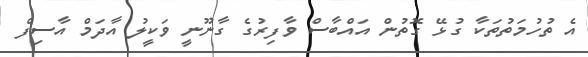
އެ ތުހުމަތުތަކާ ގުޅޭ ގޮތުން އައްބާސް ވާފިރުގެ ގާނޫނީ ވަކީލު އާދަމް އާސިފް